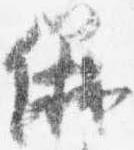
儀